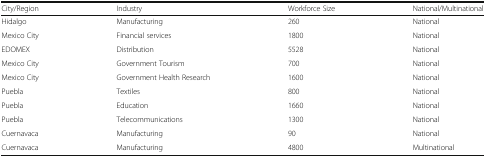
| City/Region | Industry | Workforce Size | National/Multinational |
 | --- | --- | --- | --- |
 | Hidalgo | Manufacturing | 260 | National |
 | Mexico City | Financial services | 1800 | National |
 | EDOMEX | Distribution | 5528 | National |
 | Mexico City | Government Tourism | 700 | National |
 | Mexico City | Government Health Research | 1600 | National |
 | Puebla | Textiles | 800 | National |
 | Puebla | Education | 1660 | National |
 | Puebla | Telecommunications | 1300 | National |
 | Cuernavaca | Manufacturing | 90 | National |
 | Cuernavaca | Manufacturing | 4800 | Multinational |